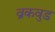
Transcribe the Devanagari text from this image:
व्रकवुड